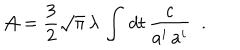
LaTeX: { \cal A } = { \frac { 3 } { 2 } } \sqrt { \pi } \, \lambda \, \int \, d t \, { \frac { c } { a ^ { i } \, a ^ { i } } } \; \; .